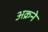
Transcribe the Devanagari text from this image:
अक्रने